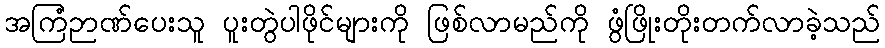
အကြံဉာဏ်ပေးသူ ပူးတွဲပါဖိုင်များကို ဖြစ်လာမည်ကို ဖွံဖြိုးတိုးတက်လာခဲ့သည်